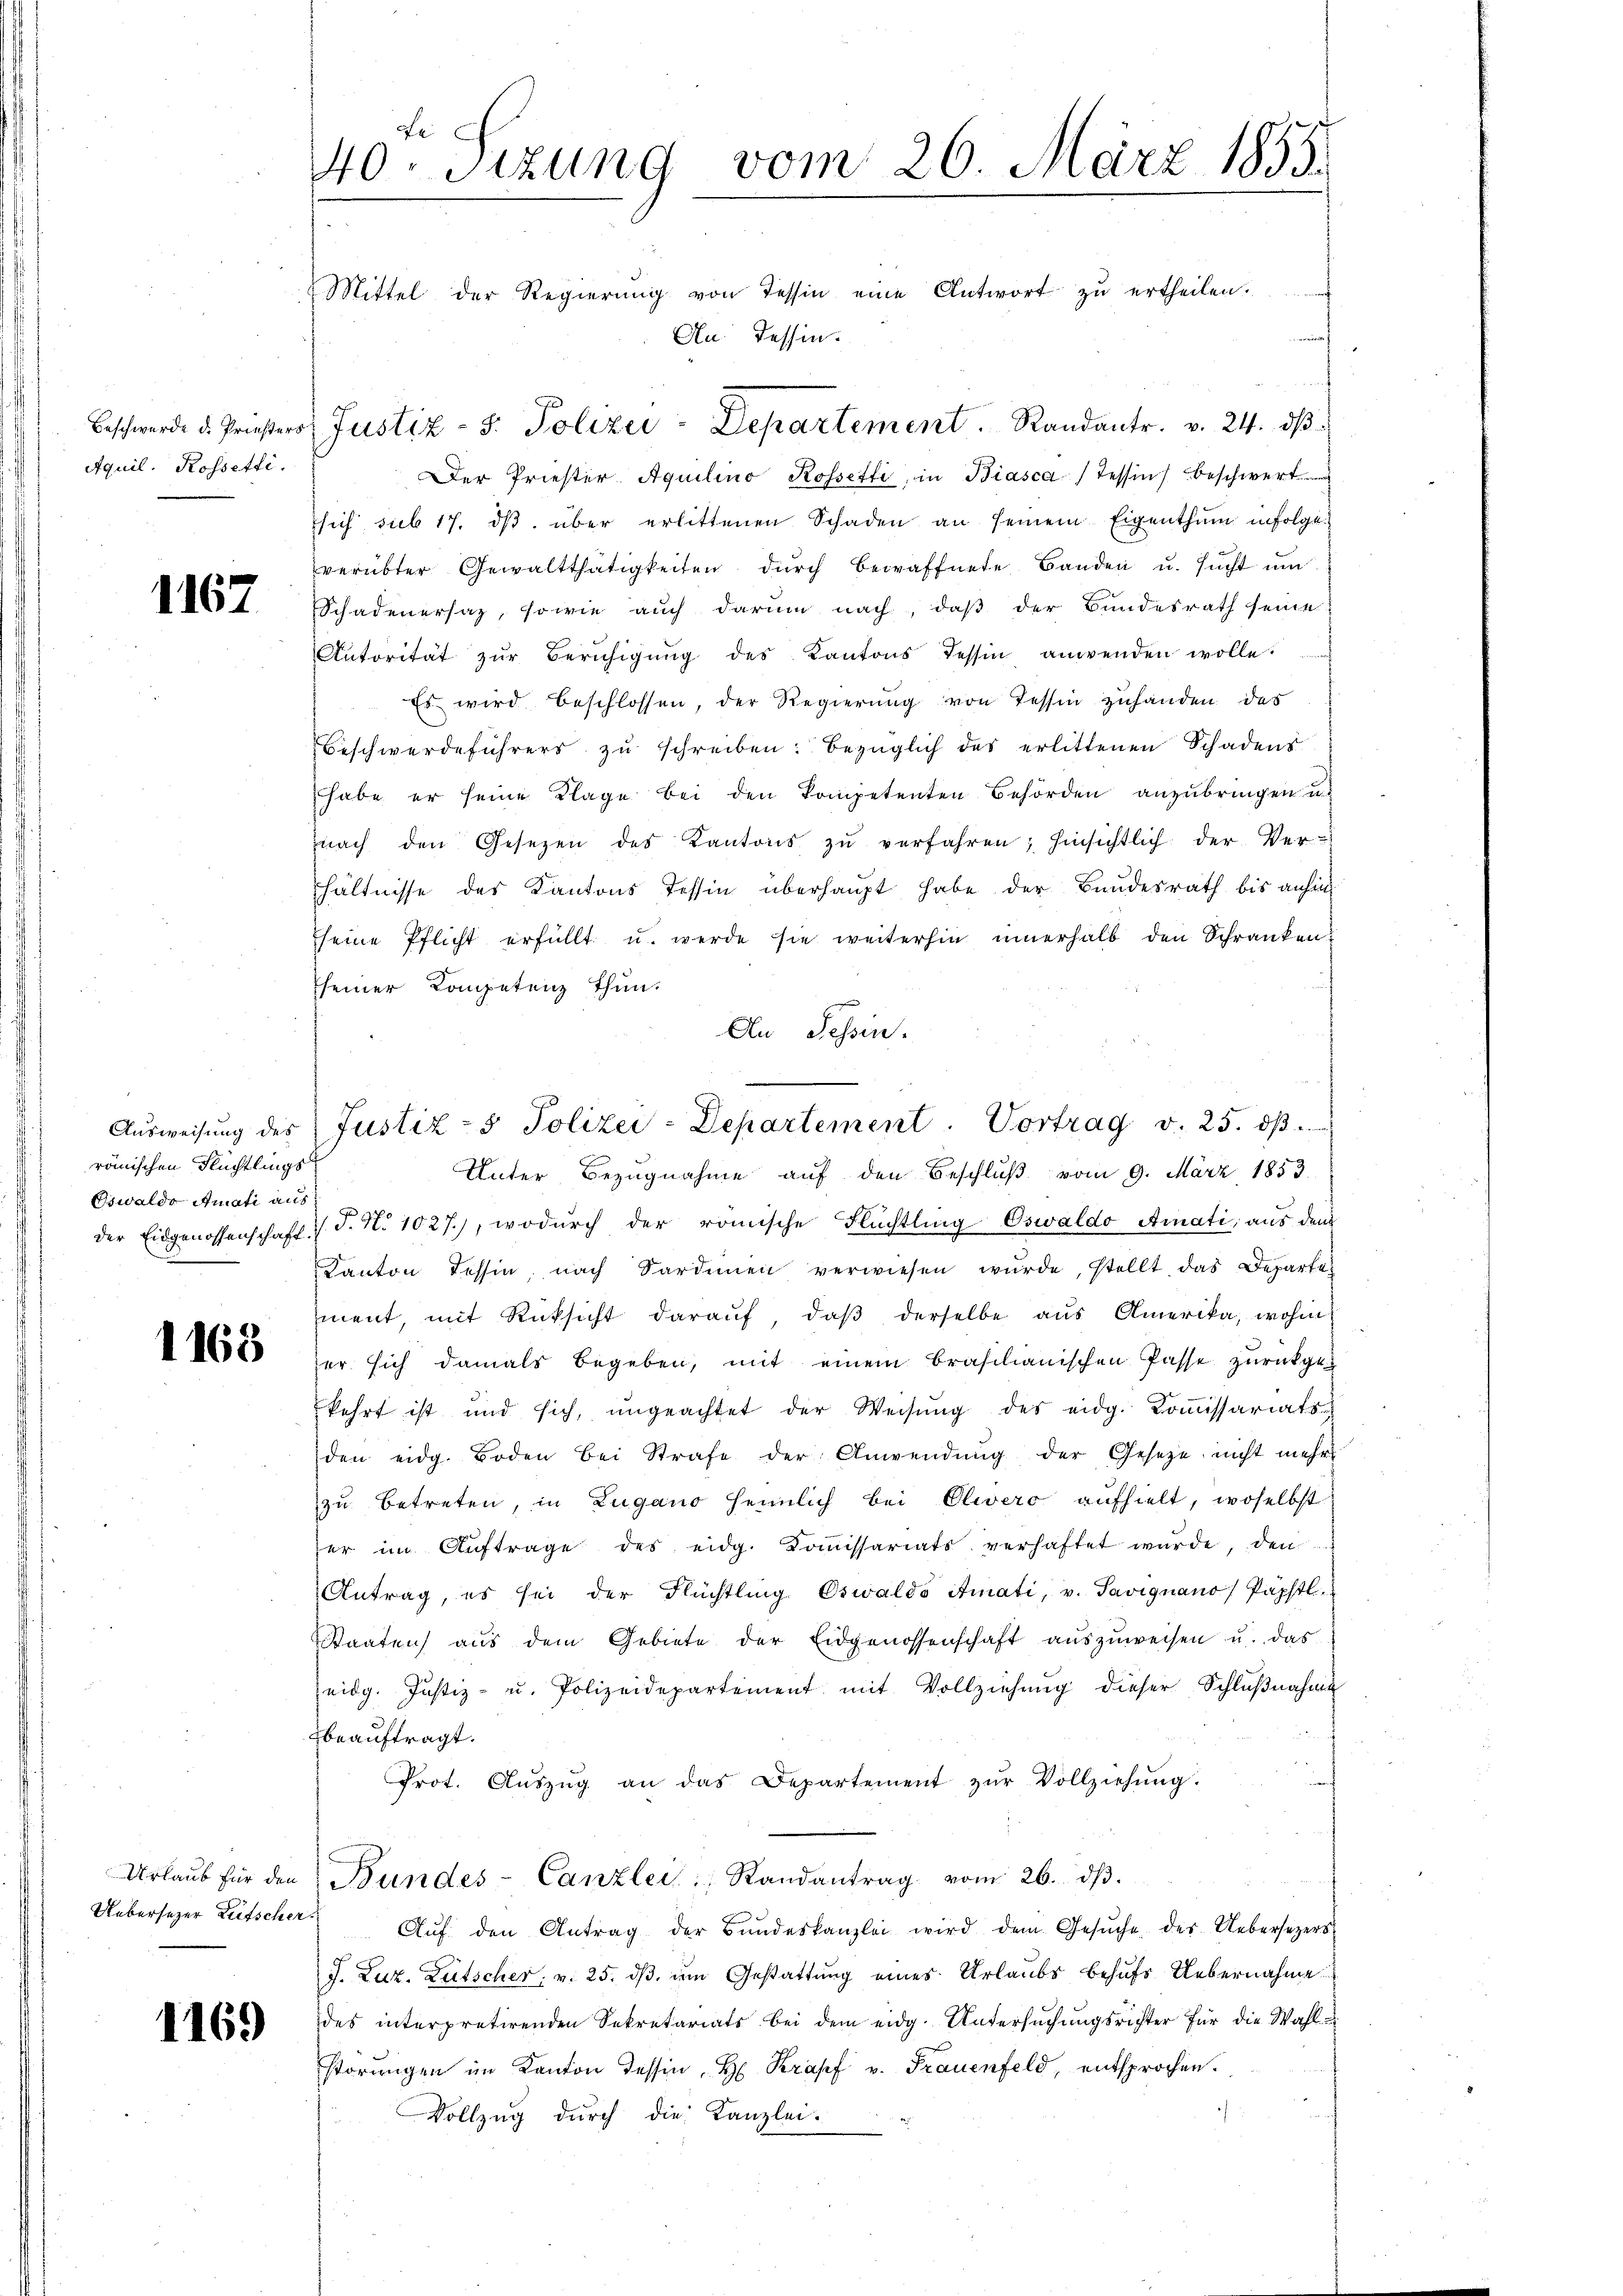
Beschwerde d. Priesters
Aquil. Rossetti.

1167

Ausweisung des
römischen Flüchtlings
Oswaldo Amati aus

1168

Urlaub für den

1169

40. Sizung vom 26. März 1855.

Justiz- 5. Polizei-Departement. Randantr. v. 24. dβ

Justiz- & Polizei-Departement. Vortrag d. 25. dβ.

Mittel der Regierung von Tessin eine Antwort zu ertheilen.
An Tessin.
Der Priester Aquilino Rossetti, in Biasca / Tessin beschwert
sich sub 17. dβ über erlittenen Schaden an seinem Eigenthum infolge.
verübter Gewaltthätigkeiten durch bewaffnete Banden u. sucht um
Schadenersaz, sowie auch darum nach, daß der Bundesrath seine
Aŭtorität zŭr Berŭhigŭng des Kantons Tessin anwenden wolle.
Es wird beschlossen, der Regierŭng von Tessin zuhanden das
Beschwerdeführers zŭ schreiben: bezüglich des erlittenen Schadens
habe er seine Klage bei den kompetenten Behörden anzubringen u.
nach den Gesetzen des Kantons zŭ verfahren; hinsichtlich der Ver-
hältnisse des Kantons Tessin überhaupt habe der Bundesrath bis anhin
seine Pflicht erfüllt u. werde sie weiterhin innerhalb den Schranken
seiner Kompetenz Thun.
An Tessin.
Unter Bezugnahme auf den Beschluß vom 9. März 1853
der Eidgenossenschaft . J. N. 1027.), wodurch der römische Flüchtling Oswaldo Amati, aus dem
Kanton Tessin, nach Sardinien verwiesen wŭrde, stellt, das Departe-
ment, mit Rücksicht darauf, daß derselbe aus Amerika, wohin
er sich damals begeben, mit einem brasilianischen Pässe zŭrückge
kehrt ist und sich, ungeachtet der Weisŭng des eidg. Koṁissariats
den eidg. Boden bei Strafe der Anwendŭng der Gesetze nicht mehr
zu betreten, in Zugano heimlich bei Olwero aufhielt, woselbst
ser im Auftrage des eidg. Koṁissariats verhaftet wurde, den
Antrag, es sei der Flüchtling Oswaldo Amati, v. Savignano, Päpftl.
Staaten aŭs dem Gebiete der Eidgenossenschaft aŭszŭweisen u. das
Zeidg. Justiz- u. Polizeidepartement mit Vollziehŭng dieser Schlŭβnahme
beauftragt.
Prot. Aŭszŭg an das Departement zŭr Vollziehŭng.
Bundes-Canzlei Randantrag vom 26. dβ.
Uebersezer Zeitscher Aŭf den Antrag der Bŭndeskanzlei wird dem Gesŭche des Uebersezers
J. Luz. Lütscher, v. 25. dß im Gestattung eines Urlaubs behufs Uebernahme
des interpretirenden Sekretariats bei dem eidg. Untersŭchŭngsrichter für die Wahl e
störŭngen im Kanton Tessin, H. Krapf v. Frauenfeld, entsprochen.
Vollzug durch die Kanzlei-